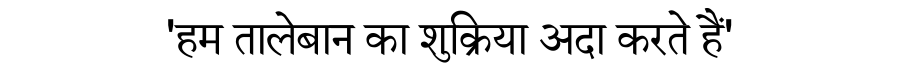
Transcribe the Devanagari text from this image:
'हम तालेबान का शुक्रिया अदा करते हैं'